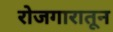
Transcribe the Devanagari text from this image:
रोजगारातून